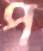
প